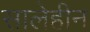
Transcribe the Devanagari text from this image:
सालेहीन